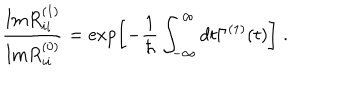
LaTeX: \frac { \mathrm { I m } R _ { i i } ^ { ( 1 ) } } { \mathrm { I m } R _ { i i } ^ { ( 0 ) } } = \exp \left[ - \frac { 1 } { \hbar } \int _ { - \infty } ^ { \infty } d t \Gamma ^ { ( 1 ) } ( t ) \right] \; .